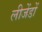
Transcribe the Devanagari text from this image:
लीजेंडों